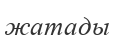
жатады